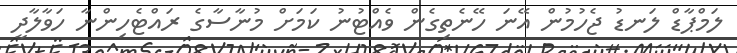
ލަމްޕާޑް ލަނޑު ޖެހުމުން އޭނަ ހޭނެތިގެން ވެއްޓުނު ކަމަށް މުނާސާގެ ރައްޓެހިންނާ ހަވާލާދީ